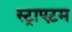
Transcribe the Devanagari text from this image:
स्ट्राएटम